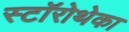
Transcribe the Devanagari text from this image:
स्टॉरोथेका